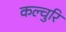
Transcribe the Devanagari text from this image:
कल्चुरि